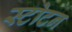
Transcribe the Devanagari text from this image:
स्टोटन